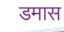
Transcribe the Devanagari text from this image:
डमास